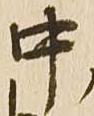
中